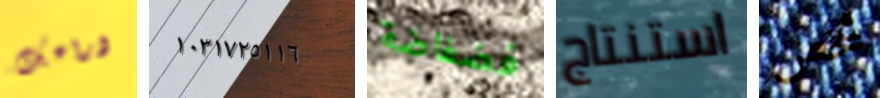
ذراعك ١٠٣١٧٢٥١١٦ فضفاضة استنتاج شخص